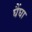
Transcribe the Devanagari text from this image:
घैंघा